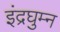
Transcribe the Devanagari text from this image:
इंद्रघुम्न